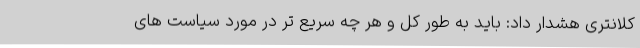
کلانتری هشدار داد: باید به طور کل و هر چه سریع تر در مورد سیاست های